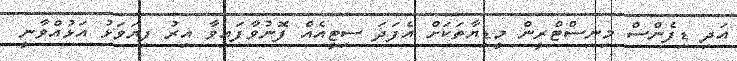
އަދި ޑިފެންސް މިނިސްޓްރީން މީޑިޔާތަކަށް އެފަދަ ސިޓީއެއް ފޮނުވާފައިވާ އިރު ފިޔަވަޅު އަޅުއްވާނީ